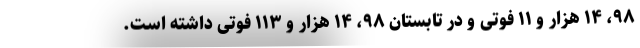
۹۸، ۱۴ هزار و ۱۱ فوتی و در تابستان ۹۸، ۱۴ هزار و ۱۱۳ فوتی داشته است.